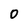
Character: 0